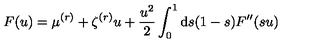
F ( u ) = \mu ^ { ( r ) } + \zeta ^ { ( r ) } u + \frac { u ^ { 2 } } { 2 } \int _ { 0 } ^ { 1 } \mathrm { d } s ( 1 - s ) F ^ { \prime \prime } ( s u )